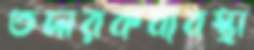
তদারকব্যবস্থা